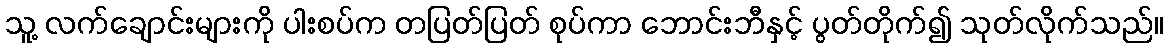
သူ့ လက်ချောင်းများကို ပါးစပ်က တပြတ်ပြတ် စုပ်ကာ ဘောင်းဘီနှင့် ပွတ်တိုက်၍ သုတ်လိုက်သည်။